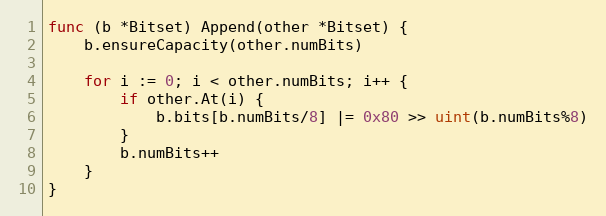
Language: Go
func (b *Bitset) Append(other *Bitset) {
	b.ensureCapacity(other.numBits)

	for i := 0; i < other.numBits; i++ {
		if other.At(i) {
			b.bits[b.numBits/8] |= 0x80 >> uint(b.numBits%8)
		}
		b.numBits++
	}
}